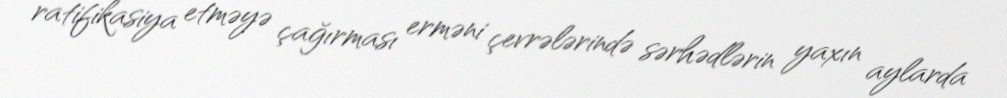
ratifikasiya etməyə çağırması erməni çevrələrində sərhədlərin yaxın aylarda